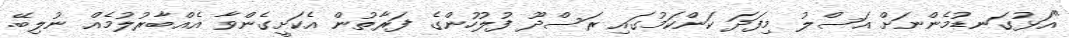
"އަޅުގަނޑުމެންނަށް އަސްލު މިފަދަ ކަންކަމުގައި ރަސްދޫ ފުލުހުންގެ ފަރާތުން އެކަށީގެންވާ އެއްބާރުލުމެއް ނުލިބޭ.